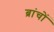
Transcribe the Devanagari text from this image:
ब्रांचों